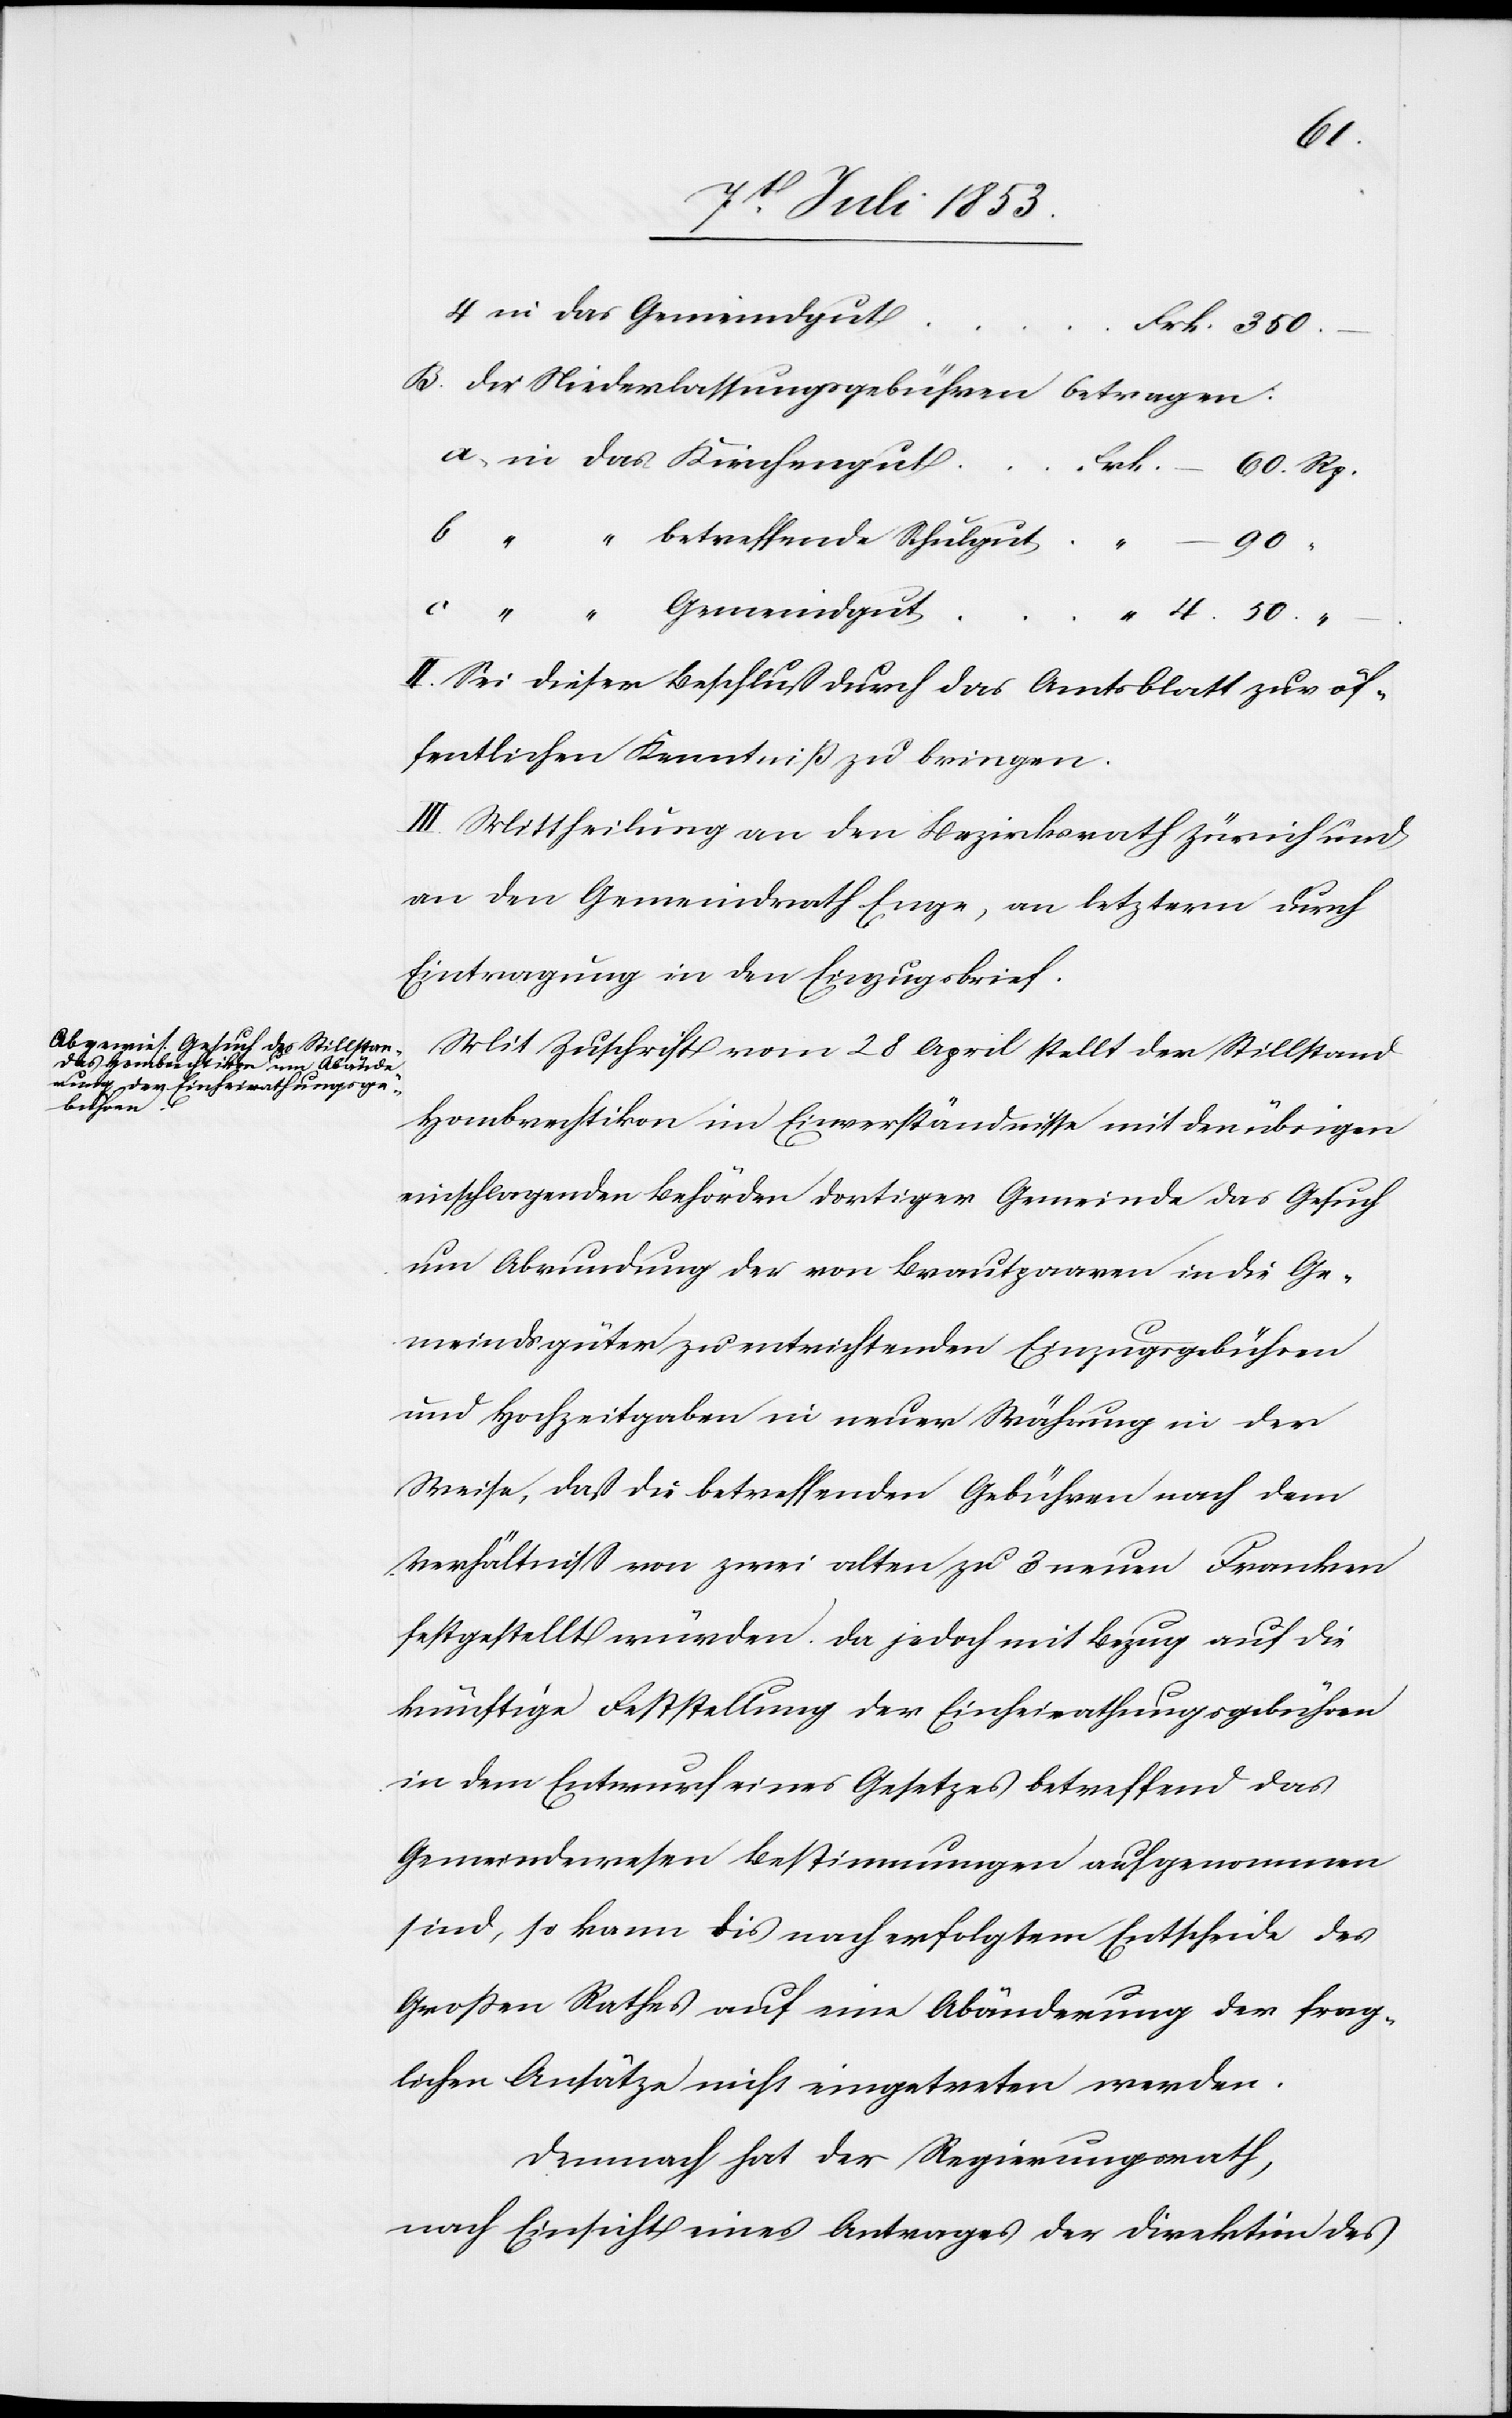
50.
B. Die Niederlaßungsgebühren betragen:
das
60. Rp.
90.
II. Sei dieser Beschluß durch das Amtsblatt zur öf¬
fentlichen Kenntniß zu bringen.
III. Mittheilung an den Bezirksrath Zürich und
an den Gemeindrath Enge, an letztern durch
Eintragung in den Einzugsbrief.
Mit Zuschrift vom 28 April stellt der Stillstand
Hombrechtikon im Einverständnisse mit den übrigen
einschlagenden Behörden dortiger Gemeinde das Gesuch
um Abrundung der von Brautpaaren in die Ge¬
meindsgüter zu entrichtenden Einzugsgebühren
und Hochzeitgaben in neuer Währung in der
Weise, daß die betreffenden Gebühren nach dem
Verhältniß von zwei alten zu 3 neuen Franken
festgestellt würden. Da jedoch mit Bezug auf die
künftige Feststellung der Einheirathungsgebühren
in dem Entwurf eines Gesetzes betreffend das
Gemeindwesen Bestimmungen aufgenommen
sind, so kann bis nach erfolgtem Entscheide des
Großen Rathes auf eine Abänderung der frag¬
lichen Ansätze nicht eingetreten werden.
Demnach hat der Regierungsrath,
nach Einsicht eines Antrages der Direktion des